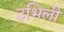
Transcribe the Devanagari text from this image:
उभिली